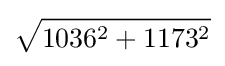
{\sqrt {1036^{2}+1173^{2}}}